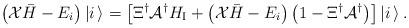
LaTeX: \begin{align*}\left({\cal X}{\bar H}-E_i\right)|i\,\rangle=\left[\Xi^{\dagger}{\cal A}^{\dagger}H_{\mbox{\scriptsize I}}+\left({\cal X}{\bar H}-E_i\right)\left(1-\Xi^{\dagger}{\cal A}^{\dagger}\right)\right]|i\,\rangle\,.\end{align*}